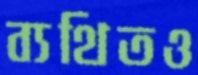
ব্যথিতও